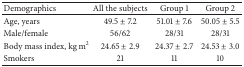
<table><thead><tr><td><b>Demographics</b></td><td><b>All the subjects</b></td><td><b>Group 1</b></td><td><b>Group 2</b></td></tr></thead><tbody><tr><td>Age, years</td><td>49.5 ± 7.2</td><td>51.01 ± 7.6</td><td>50.05 ± 5.5</td></tr><tr><td>Male/female</td><td>56/62</td><td>28/31</td><td>28/31</td></tr><tr><td>Body mass index, kg m<sup>2</sup></td><td>24.65 ± 2.9</td><td>24.37 ± 2.7</td><td>24.53 ± 3.0</td></tr><tr><td>Smokers </td><td>21</td><td>11</td><td>10</td></tr></tbody></table>